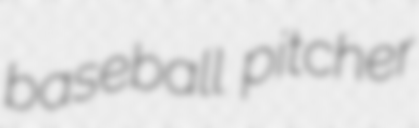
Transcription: baseball pitcher